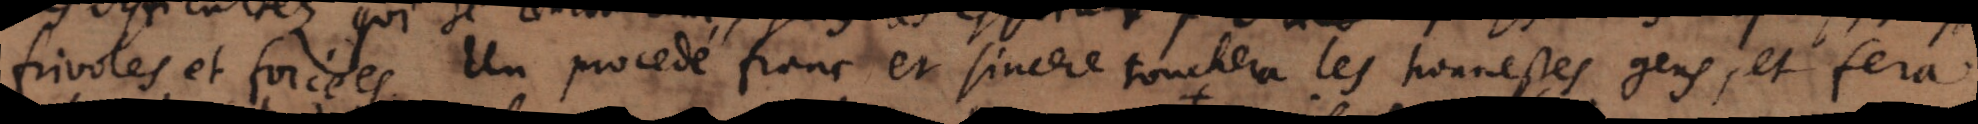
frivoles et forcées. Un procedé franc et sincere touchera les honnestes gens, et fera